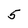
Character: 5